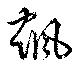
颯